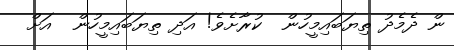
ން ދެމެދު ތިޔަބައިމީހުން  ކުރާށެވެ! އަދި ތިޔަބައިމީހުން  އަށް